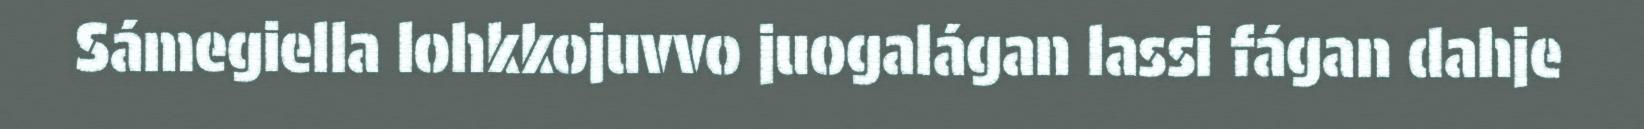
Sámegiella lohkkojuvvo juogalágan lassi fágan dahje